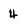
Character: 4